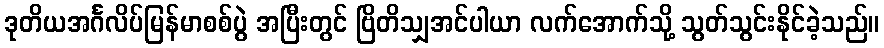
ဒုတိယအင်္ဂလိပ်မြန်မာစစ်ပွဲ အပြီးတွင် ဗြိတိသျှအင်ပါယာ လက်အောက်သို့ သွတ်သွင်းနိုင်ခဲ့သည်။